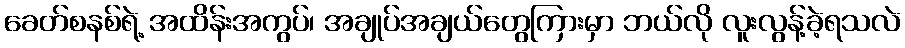
ခေတ်စနစ်ရဲ့ အထိန်းအကွပ်၊ အချုပ်အချယ်တွေကြားမှာ ဘယ်လို လူးလွန့်ခဲ့ရသလဲ